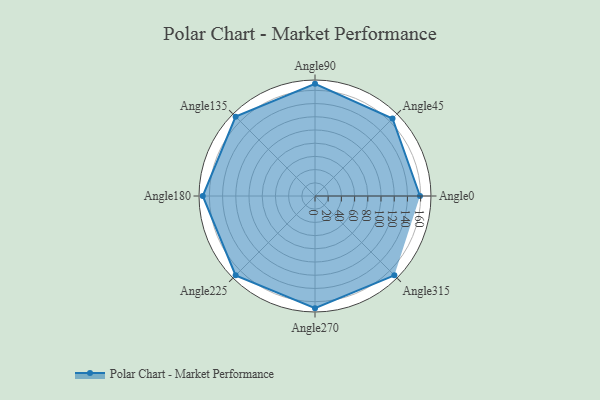
{"axis": {"x": "Angle", "y": "Radius"}, "legend": [""], "data": [{"x": "Angle0", "y": 159.0, "type": ""}, {"x": "Angle45", "y": 166.0, "type": ""}, {"x": "Angle90", "y": 170, "type": ""}, {"x": "Angle135", "y": 170, "type": ""}, {"x": "Angle180", "y": 170, "type": ""}, {"x": "Angle225", "y": 170, "type": ""}, {"x": "Angle270", "y": 170, "type": ""}, {"x": "Angle315", "y": 170, "type": ""}]}